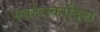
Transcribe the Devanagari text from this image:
सकोलकादित्य